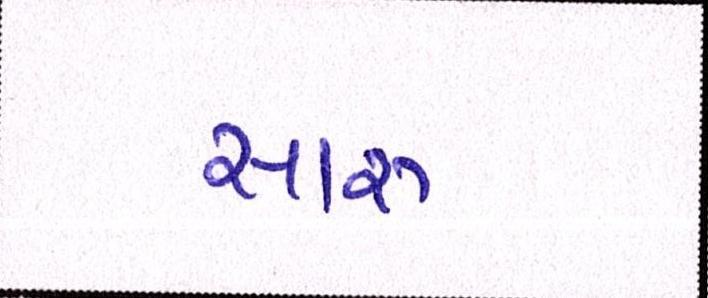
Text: સારુ